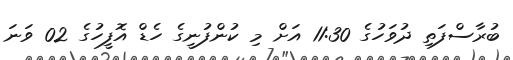
ބުރާސްފަތި ދުވަހުގެ 11:30 އަށް މި ކުންފުނީގެ ހެޑް އޮފީހުގެ 02 ވަނަ